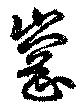
岡